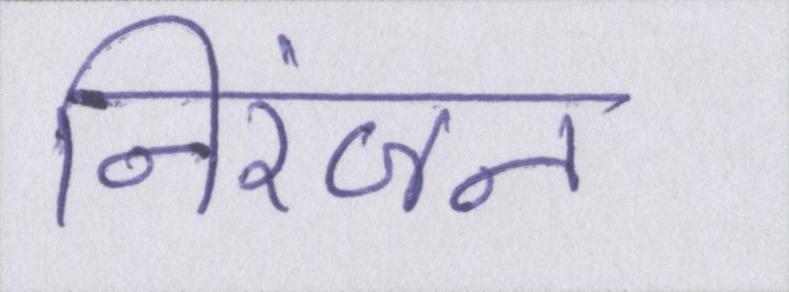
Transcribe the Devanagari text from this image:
निरंजन